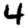
Digit: 4